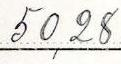
50,28